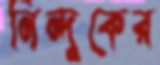
নিন্দুকের